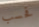
فحسب